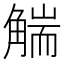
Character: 𧤗